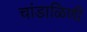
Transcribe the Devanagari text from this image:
चांडाळिणी